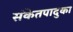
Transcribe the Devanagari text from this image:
संकेतपादुका